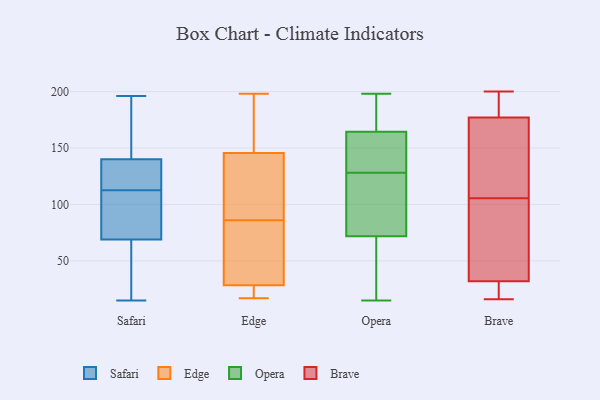
{"axis": {"x": "Humidity (%)", "y": "Value"}, "legend": ["Brave", "Edge", "Opera", "Safari"], "data": [{"x": "", "y": 152, "type": "Safari"}, {"x": "", "y": 140, "type": "Safari"}, {"x": "", "y": 119, "type": "Safari"}, {"x": "", "y": 84, "type": "Safari"}, {"x": "", "y": 65, "type": "Safari"}, {"x": "", "y": 43, "type": "Safari"}, {"x": "", "y": 73, "type": "Safari"}, {"x": "", "y": 112, "type": "Safari"}, {"x": "", "y": 29, "type": "Safari"}, {"x": "", "y": 113, "type": "Safari"}, {"x": "", "y": 82, "type": "Safari"}, {"x": "", "y": 196, "type": "Safari"}, {"x": "", "y": 140, "type": "Safari"}, {"x": "", "y": 15, "type": "Safari"}, {"x": "", "y": 115, "type": "Safari"}, {"x": "", "y": 182, "type": "Safari"}, {"x": "", "y": 138, "type": "Edge"}, {"x": "", "y": 17, "type": "Edge"}, {"x": "", "y": 153, "type": "Edge"}, {"x": "", "y": 194, "type": "Edge"}, {"x": "", "y": 22, "type": "Edge"}, {"x": "", "y": 62, "type": "Edge"}, {"x": "", "y": 24, "type": "Edge"}, {"x": "", "y": 33, "type": "Edge"}, {"x": "", "y": 153, "type": "Edge"}, {"x": "", "y": 89, "type": "Edge"}, {"x": "", "y": 119, "type": "Edge"}, {"x": "", "y": 92, "type": "Edge"}, {"x": "", "y": 198, "type": "Edge"}, {"x": "", "y": 19, "type": "Edge"}, {"x": "", "y": 54, "type": "Edge"}, {"x": "", "y": 83, "type": "Edge"}, {"x": "", "y": 154, "type": "Opera"}, {"x": "", "y": 36, "type": "Opera"}, {"x": "", "y": 80, "type": "Opera"}, {"x": "", "y": 124, "type": "Opera"}, {"x": "", "y": 128, "type": "Opera"}, {"x": "", "y": 47, "type": "Opera"}, {"x": "", "y": 96, "type": "Opera"}, {"x": "", "y": 166, "type": "Opera"}, {"x": "", "y": 104, "type": "Opera"}, {"x": "", "y": 193, "type": "Opera"}, {"x": "", "y": 164, "type": "Opera"}, {"x": "", "y": 198, "type": "Opera"}, {"x": "", "y": 42, "type": "Opera"}, {"x": "", "y": 15, "type": "Opera"}, {"x": "", "y": 136, "type": "Opera"}, {"x": "", "y": 175, "type": "Opera"}, {"x": "", "y": 139, "type": "Opera"}, {"x": "", "y": 177, "type": "Brave"}, {"x": "", "y": 197, "type": "Brave"}, {"x": "", "y": 200, "type": "Brave"}, {"x": "", "y": 200, "type": "Brave"}, {"x": "", "y": 140, "type": "Brave"}, {"x": "", "y": 32, "type": "Brave"}, {"x": "", "y": 27, "type": "Brave"}, {"x": "", "y": 103, "type": "Brave"}, {"x": "", "y": 23, "type": "Brave"}, {"x": "", "y": 163, "type": "Brave"}, {"x": "", "y": 16, "type": "Brave"}, {"x": "", "y": 108, "type": "Brave"}, {"x": "", "y": 63, "type": "Brave"}, {"x": "", "y": 92, "type": "Brave"}]}